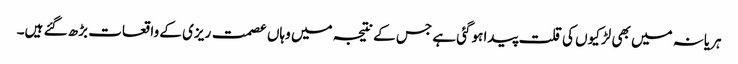
ہریانہ میں بھی لڑکیوں کی قلت پیدا ہوگئی ہے جس کے نتیجہ میں وہاں عصمت ریزی کے واقعات بڑھ گئے ہیں۔